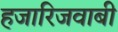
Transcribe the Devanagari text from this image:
हजारिजवाबी